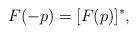
LaTeX: \begin{align*} F(-p)=[F(p)]^*, \end{align*}